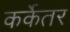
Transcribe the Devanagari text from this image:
कर्केतर